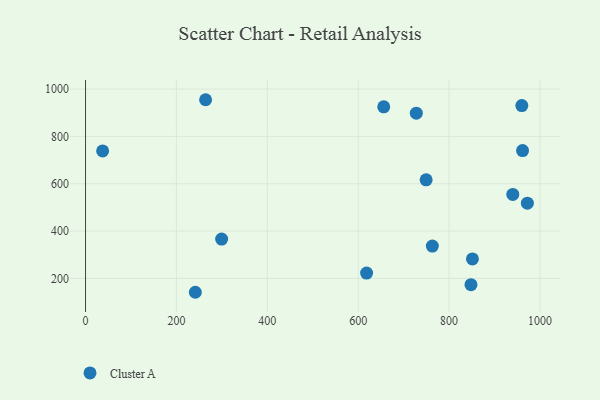
{"axis": {"x": "Investment", "y": "Rating"}, "legend": ["Cluster A"], "data": [{"x": "37.6", "y": 738.8, "type": "Cluster A"}, {"x": "848.2", "y": 173.3, "type": "Cluster A"}, {"x": "264.2", "y": 955.0, "type": "Cluster A"}, {"x": "618.5", "y": 222.6, "type": "Cluster A"}, {"x": "241.6", "y": 141.3, "type": "Cluster A"}, {"x": "961.7", "y": 740.2, "type": "Cluster A"}, {"x": "749.5", "y": 616.4, "type": "Cluster A"}, {"x": "940.2", "y": 554.9, "type": "Cluster A"}, {"x": "656.2", "y": 925.2, "type": "Cluster A"}, {"x": "960.1", "y": 930.1, "type": "Cluster A"}, {"x": "851.4", "y": 282.2, "type": "Cluster A"}, {"x": "727.9", "y": 898.1, "type": "Cluster A"}, {"x": "972.3", "y": 517.7, "type": "Cluster A"}, {"x": "299.5", "y": 366.1, "type": "Cluster A"}, {"x": "763.2", "y": 336.7, "type": "Cluster A"}]}